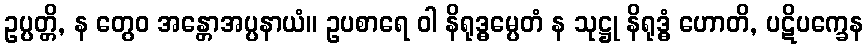
ဥပ္ပတ္တိ, န တွေဝ အန္တောအပ္ပနာယံ။ ဥပစာရေ ဝါ နိရုဒ္ဓမ္ပေတံ န သုဋ္ဌု နိရုဒ္ဓံ ဟောတိ, ပဋိပက္ခေန